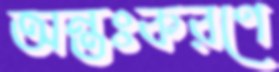
অন্তঃকরণে